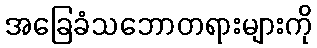
အခြေခံသဘောတရားများကို